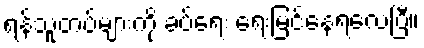
ရန်သူတပ်များကို ခပ်ရေး ရေးမြင်နေရလေပြီ။